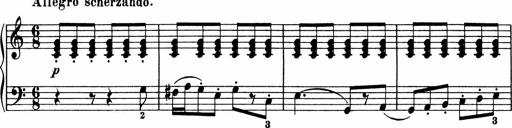
Title: 5 Sonatinen fÃ¼r die Jugend
Composer: Carl Reinecke